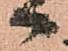
候